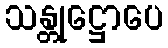
သန္တုဋ္ဌောပေ